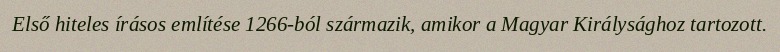
Első hiteles írásos említése 1266-ból származik, amikor a Magyar Királysághoz tartozott.